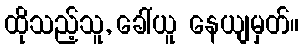
ထိုသည့်သူ, ခေါ်ယူ နေယျမှတ်။